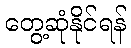
တွေ့ဆုံနိုင်ရန်